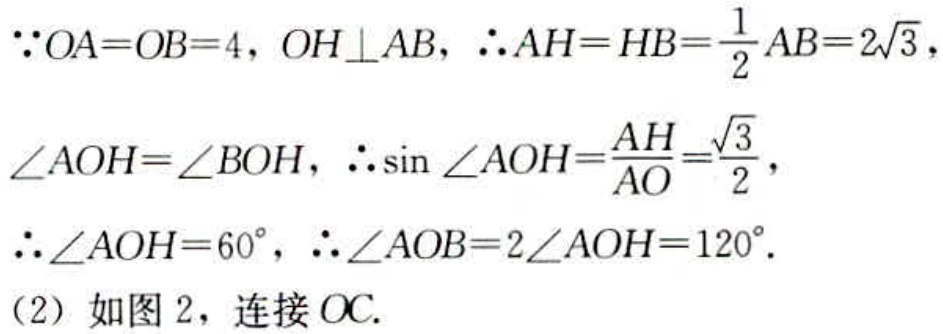
\(\because OA = OB = 4, OH\perp AB, \therefore AH = HB=\frac{1}{2}AB = 2\sqrt{3}\),
\(\angle AOH=\angle BOH, \therefore \sin\angle AOH=\frac{AH}{AO}=\frac{\sqrt{3}}{2}\),
\(\therefore \angle AOH = 60^{\circ}, \therefore \angle AOB = 2\angle AOH = 120^{\circ}\).
(2) 如图 2，连接 \(OC\).